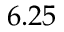
6 . 2 5